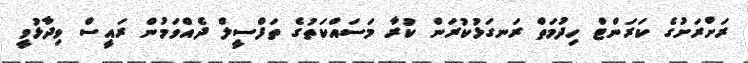
ރަށްރަށުގެ ކަރަންޓް ހިދުމަތް ރަނގަޅުކުރަން ކުރާ މަސައްކަތުގެ ތަފްސީލް ދެއްވަމުން ރައީސް ވިދާޅުވީ